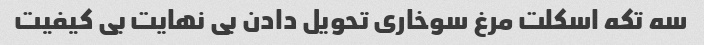
سه تکه اسکلت مرغ سوخاری تحویل دادن بی نهایت بی کیفیت